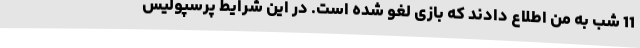
11 شب به من اطلاع دادند که بازی لغو شده است. در این شرایط پرسپولیس